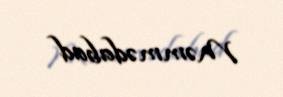
Məmmədabad